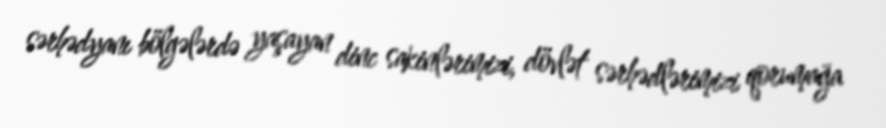
sərhədyanı bölgələrdə yaşayan dinc sakinlərimizi, dövlət sərhədlərimizi qorumağa